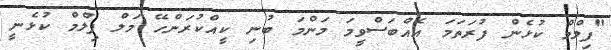
"ފިލްމް ކުޅެން ފުރަތަމަ އެއްބަސްވީމަ މަންމަ ބުނި ކީއްކުރަންހޭ މަލް ފިލްމް ކުޅެނީ